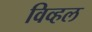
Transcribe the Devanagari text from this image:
विव्हल